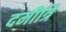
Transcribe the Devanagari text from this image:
दमीत्रि